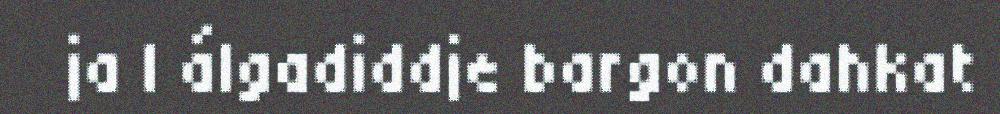
ja l álgadiddje bargon dahkat